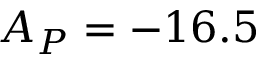
A _ { P } = - 1 6 . 5